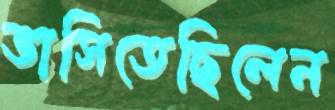
ভাসিতেছিলেন